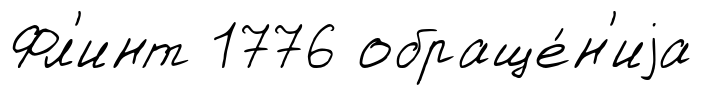
Фл'инт 1776 обраще́н'иjа